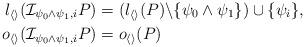
LaTeX: \begin{align*} l_{\langle\rangle}(\mathcal I_{\psi_0\land\psi_1,i}P)&=(l_{\langle\rangle}(P)\backslash\{\psi_0\land\psi_1\})\cup\{\psi_i\},\\ o_{\langle\rangle}(\mathcal I_{\psi_0\land\psi_1,i}P)&=o_{\langle\rangle}(P)\end{align*}